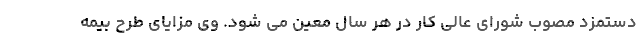
دستمزد مصوب شورای عالی کار در هر سال معین می شود. وی مزایای طرح بیمه